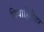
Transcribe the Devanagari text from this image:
विवाहितेवर